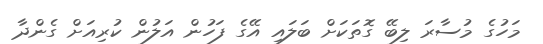
މަހުގެ މުސާރަ ލިބޭ ގޮތަކަށް ބަލައި އޭގެ ފަހުން އަލުން ކުރިއަށް ގެންދާ